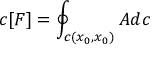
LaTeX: c [ F ] = \oint _ { c ( x _ { 0 } , x _ { 0 } ) } A d c